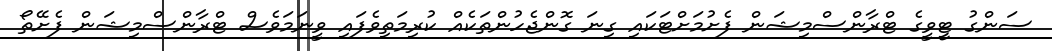
ސަންގު ޓީވީގެ ޓްރާންސްމިޝަން ފެށުމަށްޓަކައި ގިނަ ގޮންޖެހުންތަކެއް ކުރިމަތިވެފައި ވީނަމަވެސް ޓްރާންސްމިޝަން ފެށޭތޯ